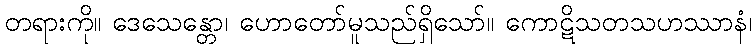
တရားကို။ ဒေသေန္တော၊ ဟောတော်မူသည်ရှိသော်။ ကောဋိသတသဟဿာနံ၊